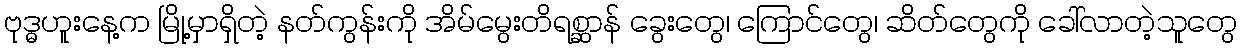
ဗုဒ္ဓဟူးနေ့က မြို့မှာရှိတဲ့ နတ်ကွန်းကို အိမ်မွေးတိရစ္ဆာန် ခွေးတွေ၊ ကြောင်တွေ၊ ဆိတ်တွေကို ခေါ်လာတဲ့သူတွေ